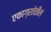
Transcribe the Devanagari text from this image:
एकाग्रतेतील